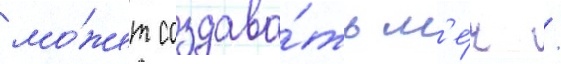
мо́жет создава́ть м'е́ч /